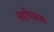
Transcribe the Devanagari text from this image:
सहविकास